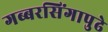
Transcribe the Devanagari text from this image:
गब्बरसिंगापुढे